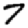
Digit: 7